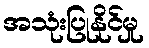
အသုံးပြုနိုင်မှု